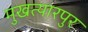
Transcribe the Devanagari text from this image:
मुखत्यारपुर